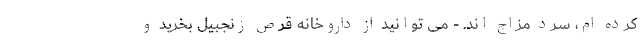
کرده ام، سرد مزاج اند. - می توانید از داروخانه قرص زنجبیل بخرید و